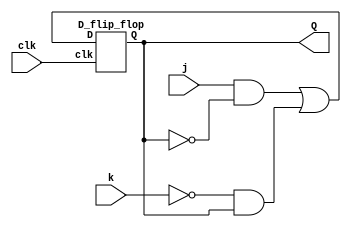
module top_module (
    input clk,
    input j,
    input k,
    output Q); 
    
    wire D;     
    assign D = (j & ~Q) | (~k & Q);
    
    D_flip_flop DFF(.D(D),.clk(clk),.Q(Q));
    
endmodule

module D_flip_flop (
    input wire D,
    input wire clk,
    output reg Q
);

    always @(posedge clk) begin
        Q <= D;     
    end

endmodule